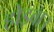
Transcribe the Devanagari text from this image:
होइबाउ